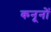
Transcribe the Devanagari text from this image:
कनूनों